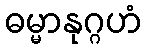
ဓမ္မာနုဂ္ဂဟံ